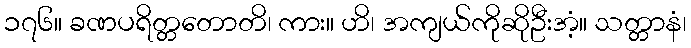
၁၇၆။ ခဏပရိတ္တတောတိ၊ ကား။ ဟိ၊ အကျယ်ကိုဆိုဦးအံ့။ သတ္တာနံ၊